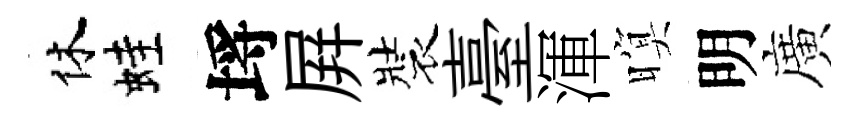
休蛙埓屛裝臺渾暝明廣